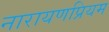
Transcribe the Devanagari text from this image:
नारायणप्रियम